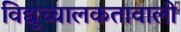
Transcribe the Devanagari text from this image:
विद्युच्चालकतावाली